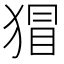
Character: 𭸛